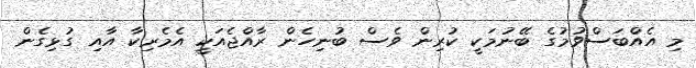
މި އެއްބަސްވުމުގެ ބޭނުމަކީ ކުރިން ވެސް ބުނިހެން ރާއްޖެއަކީ އެމެރިކާ އާއި ގުޅިގެން